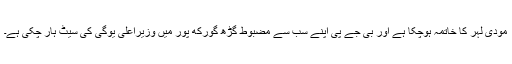
مودی لہر کا خاتمہ ہوچکا ہے اور بی جے پی اپنے سب سے مضبوط گڑھ گورکھ پور میں وزیراعلیٰ یوگی کی سیٹ ہار چکی ہے۔